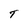
Character: T